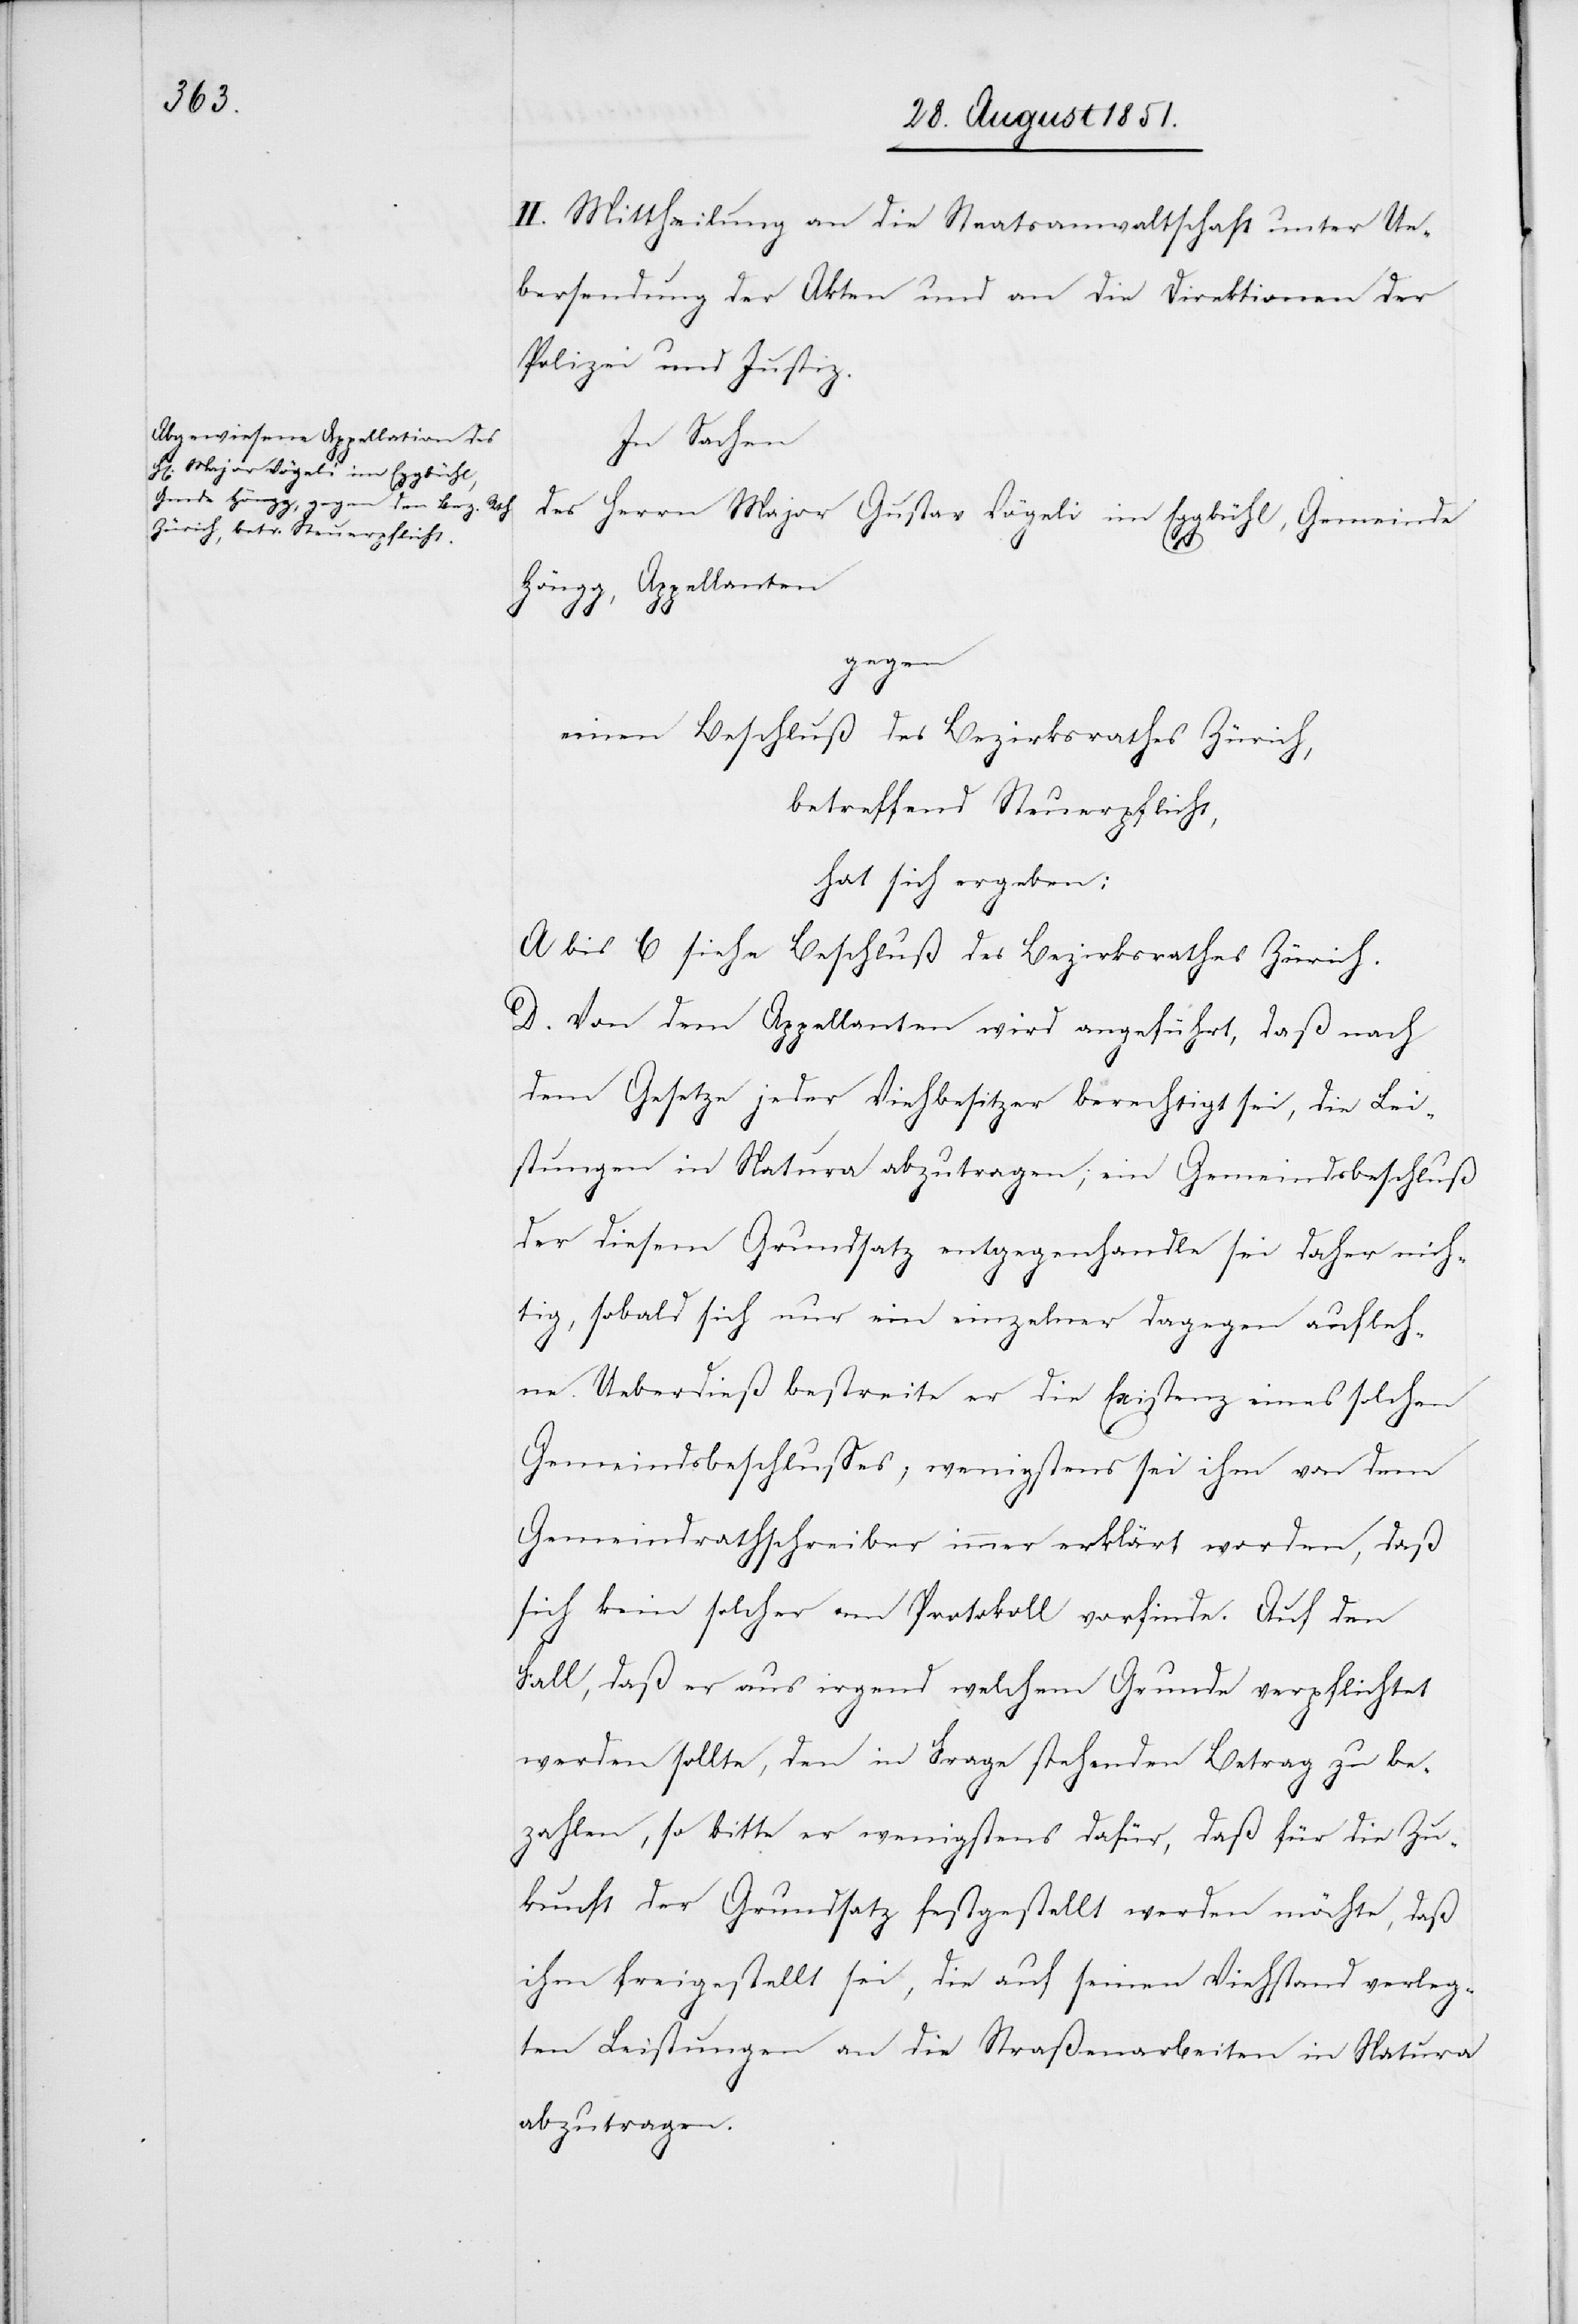
II. Mittheilung an die Staatsanwaltschaft unter Ue¬
bersendung der Akten und an die Direktionen der
Polizei und Justiz.
In Sachen
des Herrn Major Gustav Vögeli im Eggbühl, Gemeinde
Höngg, Appellanten
gen
einen Beschluß des Bezirksrathes Zürich,
betreffend Steuerpflicht,
hat sich ergeben:
A bis C siehe Beschluß des Bezirksrathes Zürich.
D. Von dem Appellanten wird angeführt, daß nach
dem Gesetze jeder Viehbesitzer berechtigt sei, die Lei¬
stungen in Natura abzutragen; ein Gemeindsbeschluß
der diesem Grundsatz entgegenhandle sei daher nich¬
tig, sobald sich nur ein einzelner dagegen aufleh¬
ne. Ueberdieß bestreite er die Existenz eines solchen
Gemeindsbeschlusses, wenigstens sei ihm von dem
Gemeindrathschreiber immer erklärt worden, daß
sich kein solcher am Protokoll vorfinde. Auf den
Fall, daß er aus irgend welchem Grunde verpflichtet
werden sollte, den in Frage stehenden Betrag zu be¬
zahlen, so bitte er wenigstens dafür, daß für die Zu¬
kunft der Grundsatz festgestellt werden möchte, daß
ihm freigestellt sei, die auf seinen Viehstand verleg¬
ten Leistungen an die Straßenarbeiten in Natura
abzutragen.